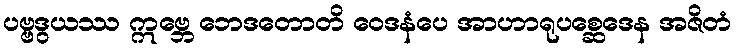
ပဗ္ဗဒွယဿ ဣဗ္ဘေ ဘေဒတောတိ ဝေဒနံပေ အာဟာရုပစ္ဆေဒေန အဇိတံ